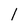
Character: 1